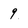
Character: 9